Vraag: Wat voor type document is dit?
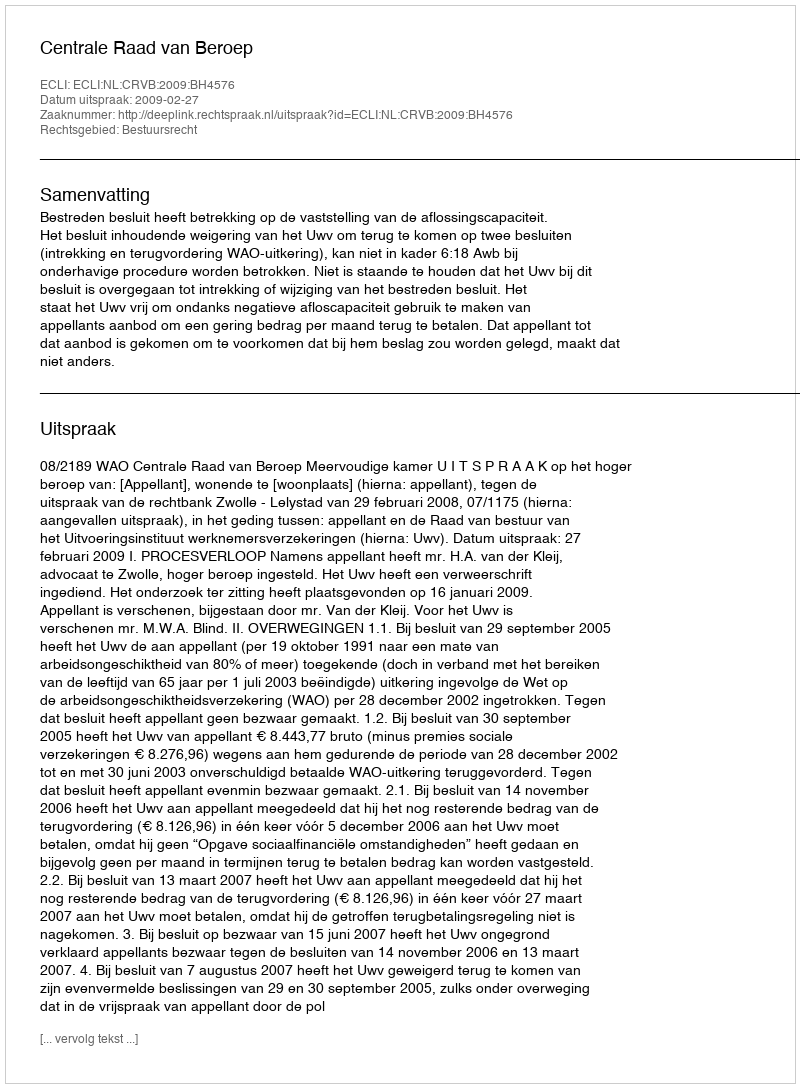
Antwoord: Uitspraak